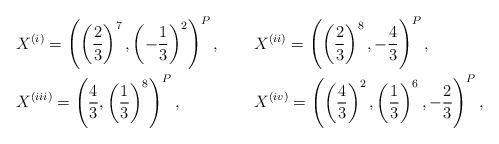
LaTeX: \begin{align*}&X^{(i)}=\left( \left( \frac{2}{3}\right)^7, \left(- \frac{1}{3} \right)^2 \right)^P, & &X^{(ii)}=\left( \left( \frac{2}{3}\right)^8, - \frac{4}{3} \right)^P, \\&X^{(iii)}=\left( \frac{4}{3}, \left( \frac{1}{3} \right)^8 \right)^P, &&X^{(iv)}=\left( \left( \frac{4}{3}\right)^2, \left( \frac{1}{3} \right)^6, - \frac{2}{3} \right)^P,\end{align*}